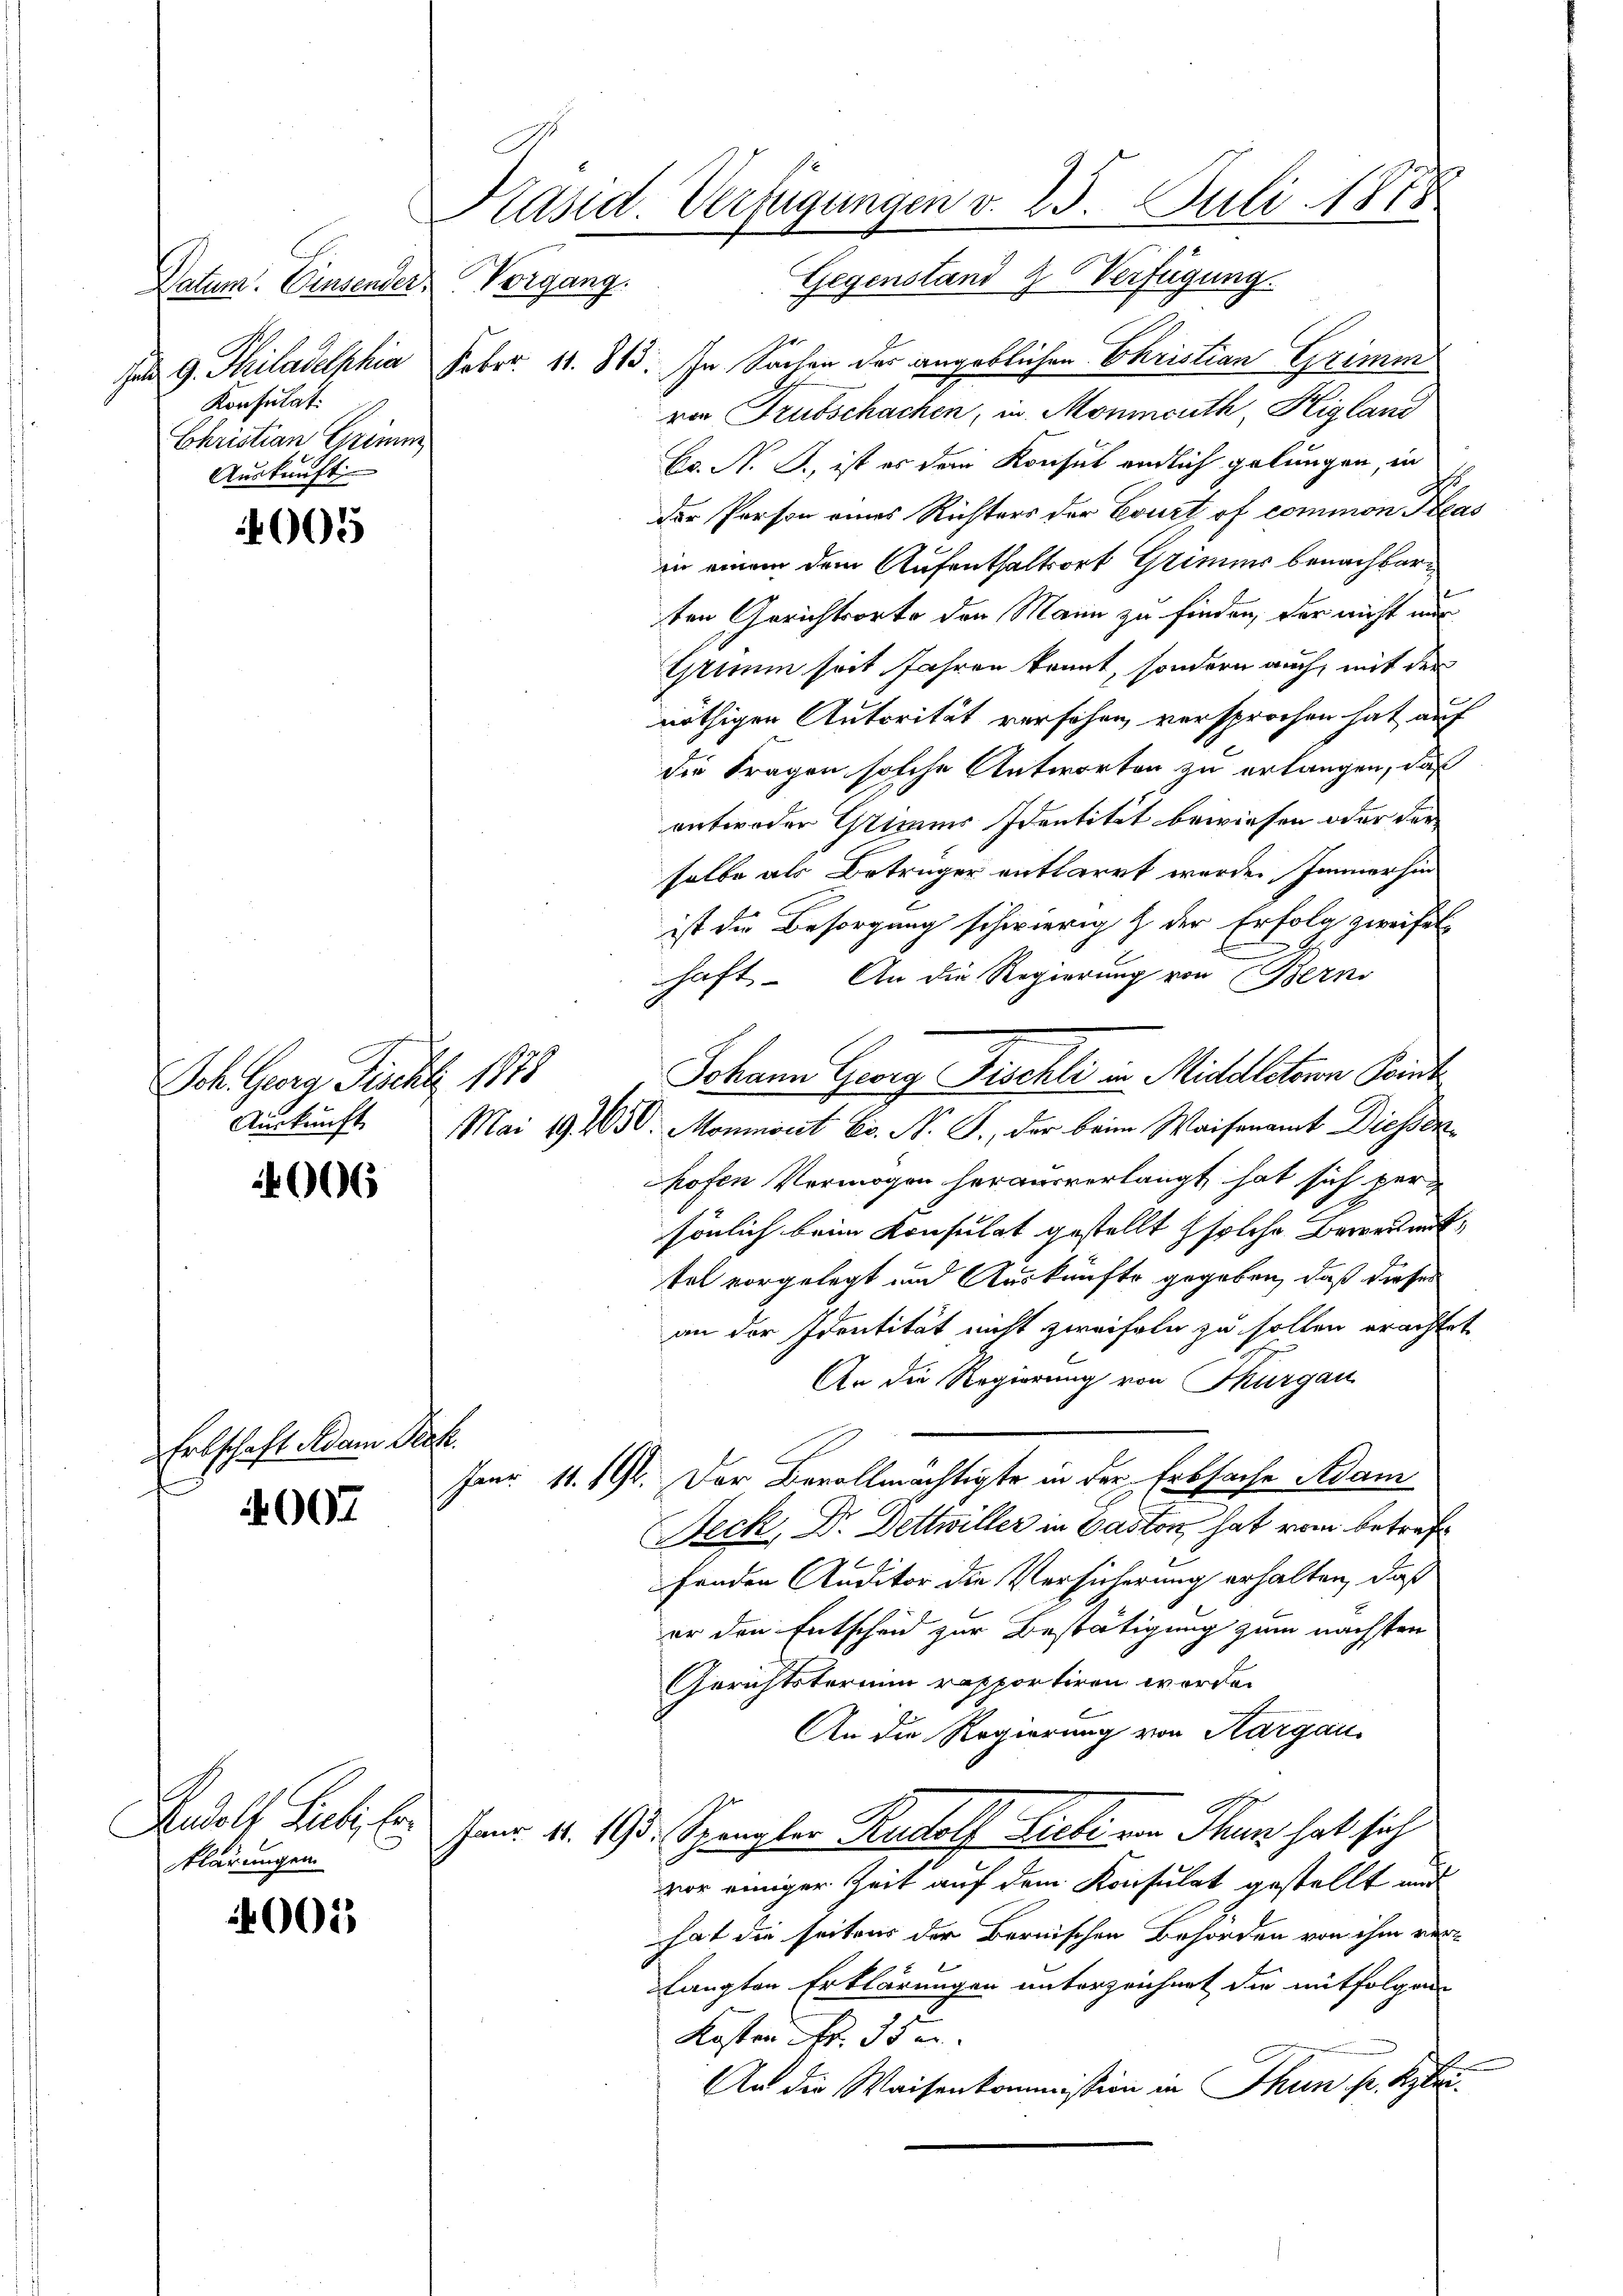
Datum. Einsender
Ien 9. Philadelphin
Konsulat
Christian Grimm
Auskunft

005

006

Ertschaft Adam Prof.

007

005

Käsid. Verfügungen v. 25. Juli 1878
Vorgang. Gegenstand Z. Verfügung.

Sch. Georg Ficht 1878

klärungen

Febr. 11. 813. In Sachen der angeblichen Christian Grimm
rer Trutschachen, in Monincuth, Higland
Er. N. B., ist es dem Konsul endlich gelungen, in
der Person eines Richters der Court of common Pas
in einem dem Aufenthaltsort Grimms benachbarten Gerichtsorte den Mann zu finden, der nicht nur
Grimm seit Jahren kannt, sondern auch, mit der
nöthigen Autorität versehen, versprochen hat auf
die Fragen solche Antworten zu erlangen, daß
entweder Stimes Identität bewiesen oder der
selbe als Betrüger entlarrt wurde. Immerhin
ist die Besorgung schwierig & der Erfolg zweifel
haft. An die Regierung von Berns
Johann Georg Fischli in Middlitoren Prin
Auskunft. Mai 194030. Moumont C. N. Z., der beim Waisenamt Diesser
hofen Vermögen herausverlangt hat sich per
sönlich beim Konsulat gestellt solche Beweismit
tel vorgelegt und Auskünfte gegeben, daß dieser
an der Identität nicht zweifeln zu sollen erachtet
An die Regierung von Thurgau
Janr. 11. 194. Der Bevollmächtigte in der Erbsache Adam
Feck, Dr. Dettwiller in Paston hat vom betreffenden Auditor die Versicherung erhalten, daß
er den Entscheid zur Bestätigung zum nächsten
Gerichtstermini rapportiren werde.
An die Regierung von Aargau
Rudolf Lubi fr. Immer v. 193. Spengler Rudolf Zieli von Thun hat sich
vor einiger Zeit auf dem Konsulat gestellt und
hat die seitens der Bernischen Behörden von ihm verlangten Erklärungen unterzeichnet die mitfolgen
Kosten Fr. 35 e
An die Waisenkommission in Thun pr. Kla¬